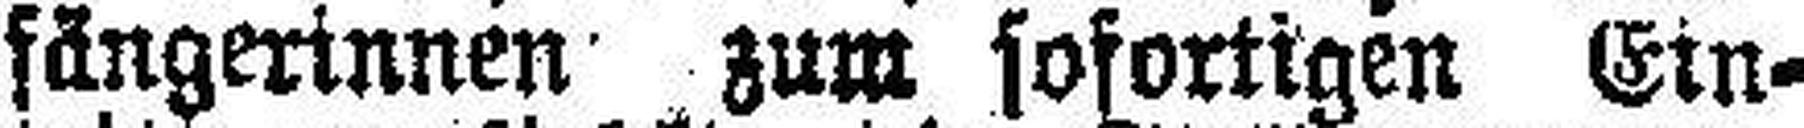
fängerinnen zum sofortigen Ein¬